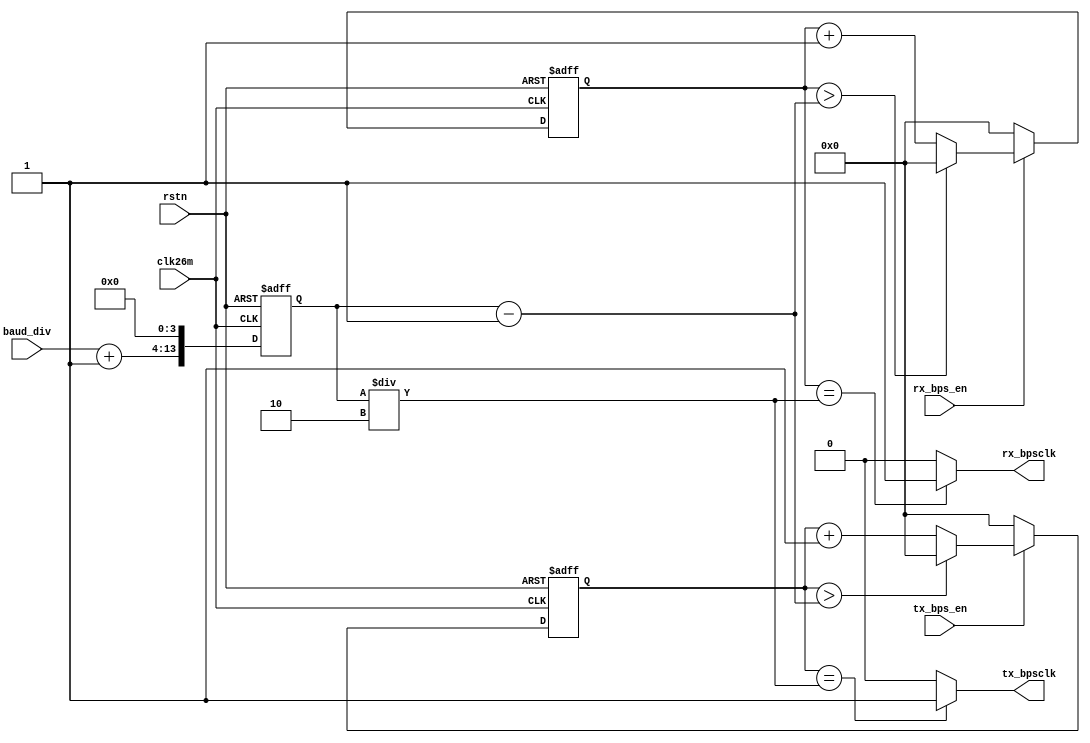
`timescale 1ns/1ps

module    UART_BAUD(
   // inputs
    input           clk26m,// 26M function clock
    input           rstn,// function clk's rst_
    input           tx_bps_en, // baud enable signal
    input           rx_bps_en,
    input    [9:0]  baud_div,// baud frequency divide factor
    // outputs
    output          rx_bpsclk, // receive bps clk,
    output          tx_bpsclk// send bps clk
);


reg  [13:0]     cnt_value;           // bps counter 
reg  [13:0]     cnt_baud_rx;         // receive baud counter
reg  [13:0]     cnt_baud_tx;         // send baud counter


// rx_bpsclkrxcounter1/2rx_bpsclk
//
always@(posedge clk26m or negedge rstn) begin
    if(!rstn) begin
        cnt_baud_rx <= 14'd0;
    end
    else begin
        if(rx_bps_en) begin
            if(cnt_baud_rx > cnt_value - 1'b1) begin
                cnt_baud_rx <= 14'd0;
            end
            else begin
                cnt_baud_rx <= cnt_baud_rx + 1'b1;
            end
        end
        else begin
            cnt_baud_rx <= 14'd0;
        end
    end
end

assign  rx_bpsclk = (cnt_baud_rx == (cnt_value/2))? 1'b1:1'b0;

// tx_bpsclk
always@(posedge clk26m or negedge rstn) begin
    if(!rstn) begin
        cnt_baud_tx <= 14'd0;
    end
    else begin
        if(tx_bps_en) begin
            if(cnt_baud_tx > cnt_value - 1'b1) begin
                cnt_baud_tx <= 14'd0;
            end
            else begin
                cnt_baud_tx <= cnt_baud_tx + 1'b1;
            end
        end
        else begin
            cnt_baud_tx <= 14'd0;
        end
    end
end

assign  tx_bpsclk = (cnt_baud_tx == (cnt_value/2))? 1'b1:1'b0;

//
always@(posedge clk26m or negedge rstn) begin
    if(!rstn) begin
        cnt_value <= (10'd338+ 1'b1) << 4;
    end
    else begin
        cnt_value <= (baud_div + 1'b1) << 4;
    end
end
endmodule